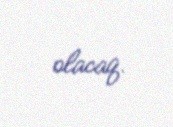
olacaq.